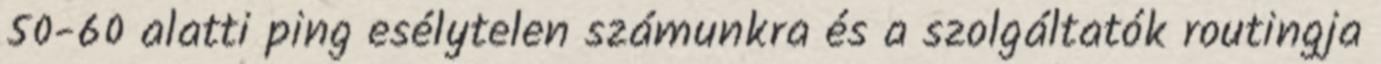
50-60 alatti ping esélytelen számunkra és a szolgáltatók routingja